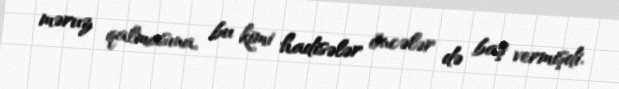
məruz qalmasına, bu kimi hadisələr öncələr də baş vermişdi.